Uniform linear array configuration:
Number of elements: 48
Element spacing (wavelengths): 0.25
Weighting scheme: cosine
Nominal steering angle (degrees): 45
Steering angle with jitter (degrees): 46.108
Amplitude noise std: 0.05
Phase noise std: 0.05

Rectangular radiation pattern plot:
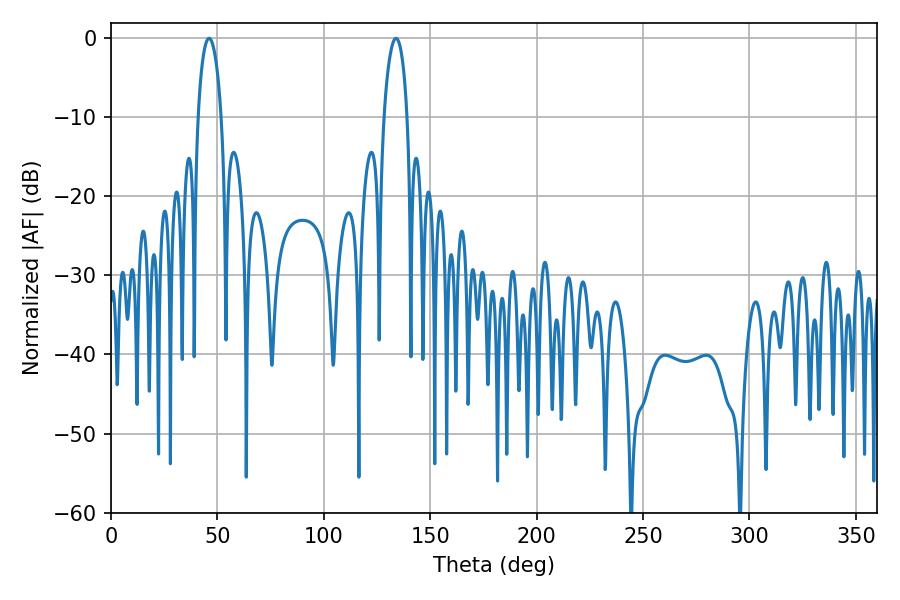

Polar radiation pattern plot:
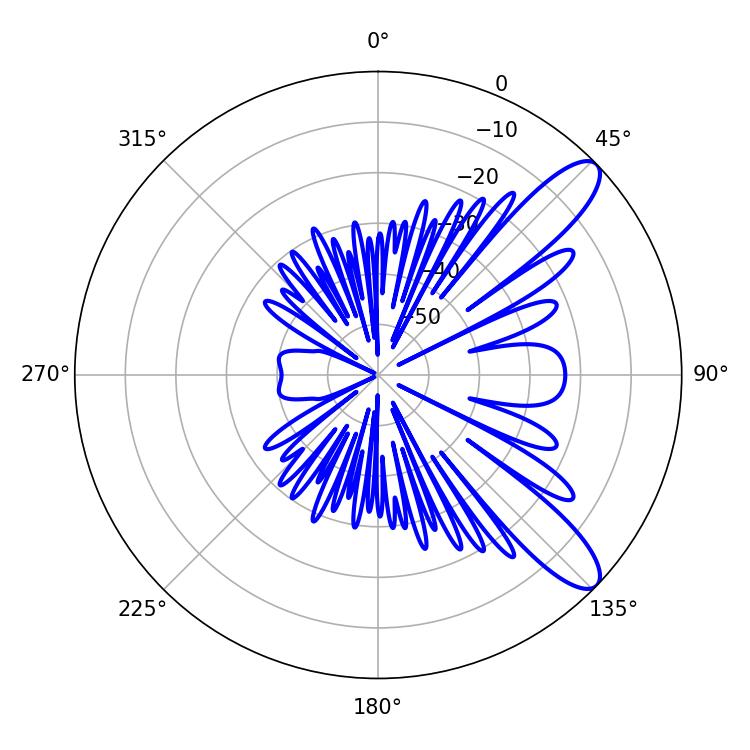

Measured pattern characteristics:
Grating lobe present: FALSE
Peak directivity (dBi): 10.581
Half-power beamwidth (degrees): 6.3
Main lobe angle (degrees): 46.08